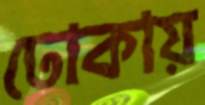
ঢোকায়